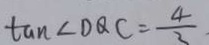
\tan \angle D Q C = \frac { 4 } { 3 }